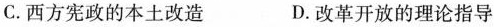
C.西方宪政的本土改造 D.改革开放的理论指导